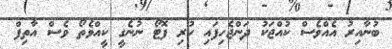
ބުނާއިރު އެއްވެސް ކުއްޖަކު ދަންޖެހިފައި ހުރި ފޮޓޯ ނުނެގީ ކީއްވެތޯ ވެސް އާތިފް